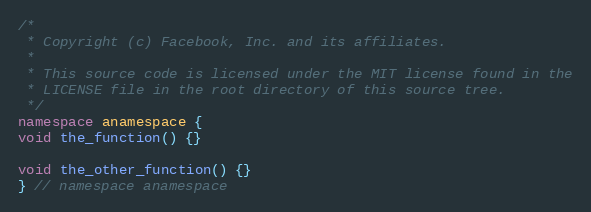
Language: C++
/*
 * Copyright (c) Facebook, Inc. and its affiliates.
 *
 * This source code is licensed under the MIT license found in the
 * LICENSE file in the root directory of this source tree.
 */
namespace anamespace {
void the_function() {}

void the_other_function() {}
} // namespace anamespace